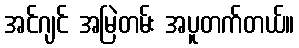
အင်ဂျင် အမြဲတမ်း အပူတက်တယ်။